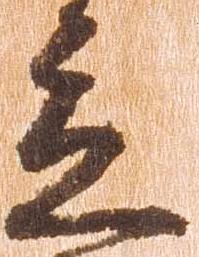
応